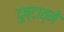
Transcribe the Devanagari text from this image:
दुष्टात्मे